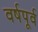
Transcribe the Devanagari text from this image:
वर्षपूर्व